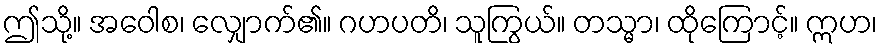
ဤသို့။ အဝေါစ၊ လျှောက်၏။ ဂဟပတိ၊ သူကြွယ်။ တသ္မာ၊ ထိုကြောင့်။ ဣဟ၊